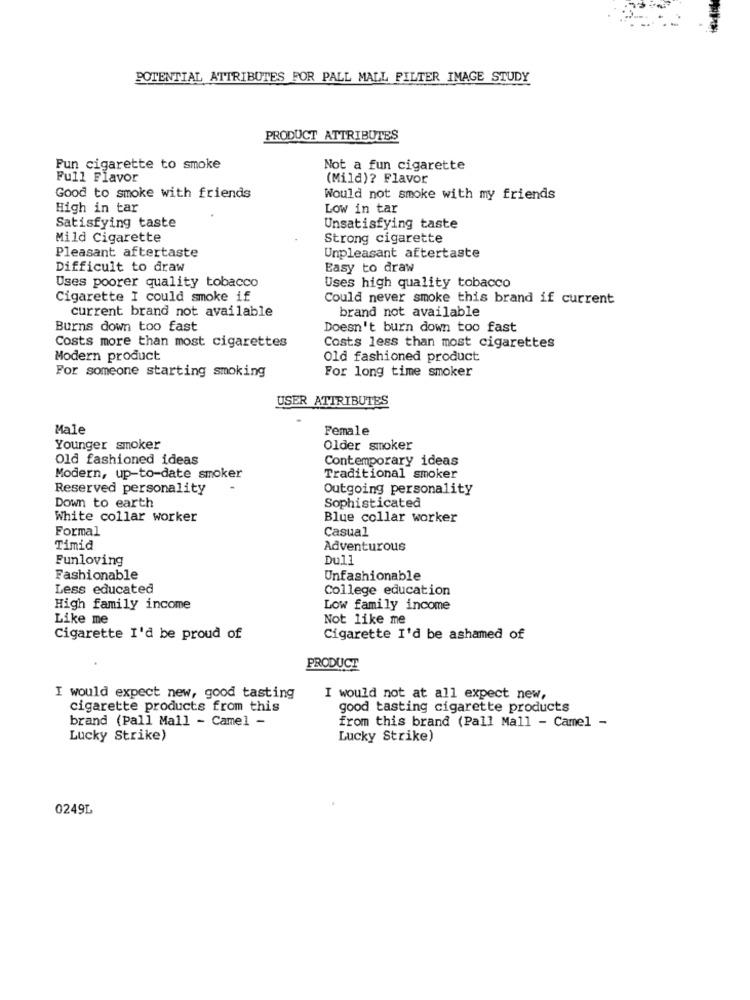
POTENTIAL ATTRIBUTES FOR PALL MALL FILTER IMAGE STUDY
PRODUCT ATTRIBUTES
Fun cigarette to smoke
Not a fun cigarette
Full Flavor
(Mild)? Flavor
Good to smoke with friends
Would not smoke with my friends
High in tar
Low in tar
Satisfying taste
Unsatisfying taste
Mild Cigarette
Strong cigarette
Pleasant aftertaste
Unpleasant aftertaste
Difficult to draw
Easy to draw
Uses poorer quality tobacco
Uses high quality tobacco
Cigarette I could smoke if
Could never smoke this brand if current
current brand not available
brand not available
Burns down too fast
Doesn't burn down too fast
Costs more than most cigarettes
Costs less than most cigarettes
Modern product
Old fashioned product
For someone starting smoking
For long time smoker
USER ATTRIBUTES
Male
Female
Younger smoker
Older smoker
Old fashioned ideas
Contemporary ideas
Modern, up-to-date smoker
Traditional smoker
Reserved personality
Outgoing personality
Down to earth
Sophisticated
White collar worker
Blue collar worker
Formal
Casual
Timid
Adventurous
Funloving
Dull
Fashionable
Unfashionable
Less educated
College education
High family income
Low family income
Like me
Not like me
Cigarette I'd be proud of
Cigarette I'd be ashamed of
PRODUCT
I would expect new, good tasting
I would not at all expect new,
cigarette products from this
good tasting cigarette products
brand (Pall Mall - Camel -
from this brand (Pall Mall - Camel -
Lucky Strike)
Lucky Strike)
0249L